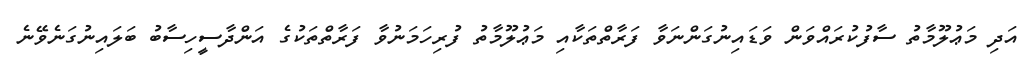
އަދި މަޢުލޫމާތު ސާފުކުރައްވަން ވަޑައިނުގަންނަވާ ފަރާތްތަކާއި މަޢުލޫމާތު ފުރިހަމަނުވާ ފަރާތްތަކުގެ އަންދާސީހިސާބު ބަލައިނުގަނެވޭނެ